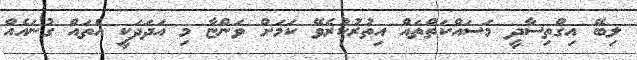
ލިބޭ އިގްތިސާދީ މަސައްކަތްތައް އިތުރުކުރެވޭ ކަމަށް ވަންޏާ މި އަދަދަކީ އެތައް ގުނައެއް